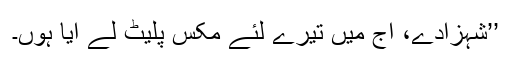
’’شہزادے، آج میں تیرے لئے مکس پلیٹ لے آیا ہوں۔